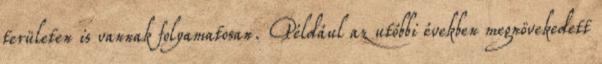
területen is vannak folyamatosan. Például az utóbbi években megnövekedett